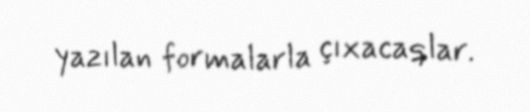
yazılan formalarla çıxacaqlar.